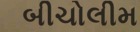
બીચોલીમ